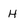
Character: H